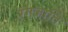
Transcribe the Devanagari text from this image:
रंगजाति